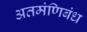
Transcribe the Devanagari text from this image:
अतमंणिबंध